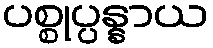
ပစ္စုပ္ပန္နာယ